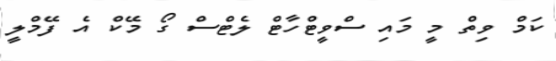
ކަމް ވިތް މީ މައި ސްވީޓްހާޓް ލެޓްސް ގޯ މޭކް އެ ފޭމްލީ